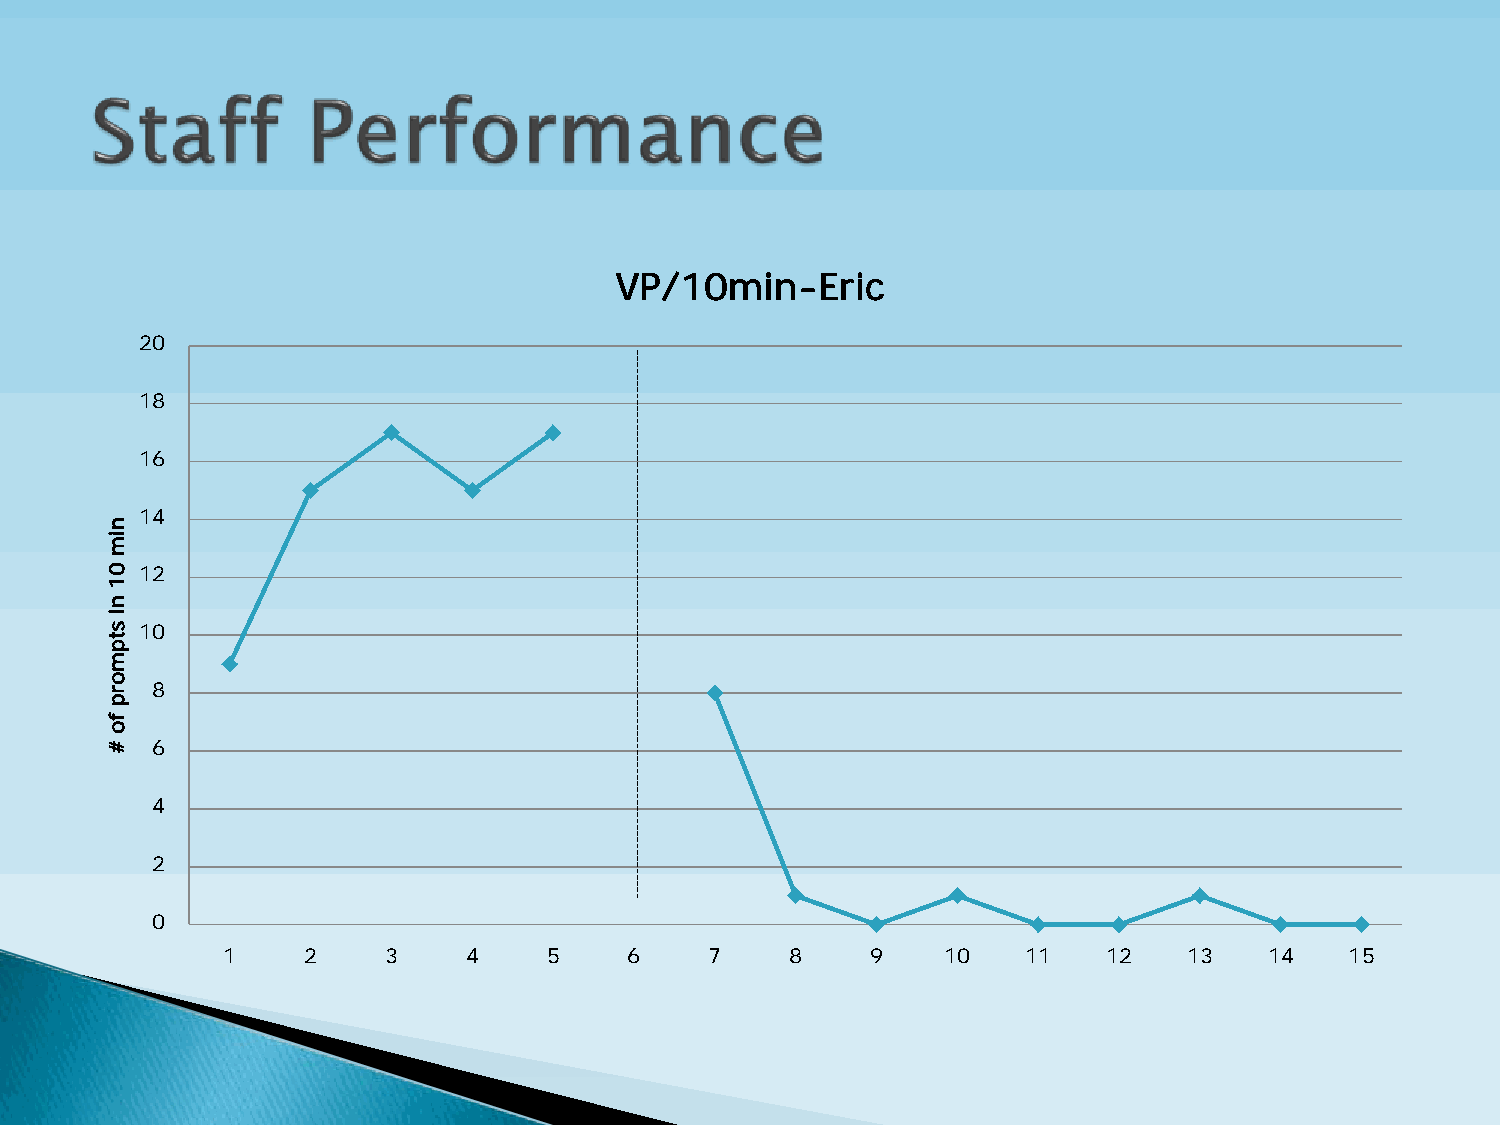
VP/10min-Eric
 20
 18
 16
 14
 12
 10
 8
 6
 4
 2
 0
 1    2    3     4    5     6    7    8     9    10   11   12    13   14   15
 nim
 01
 ni
 stpmorp
 fo
 #